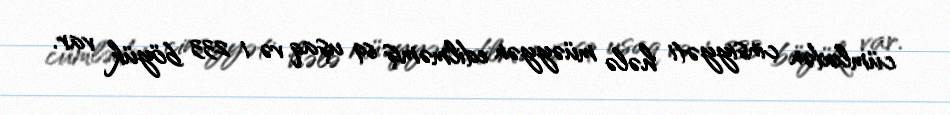
cümlədən cinsiyyəti hələ müəyyən edilməmiş 69 uşaq və 1 233 böyük var.